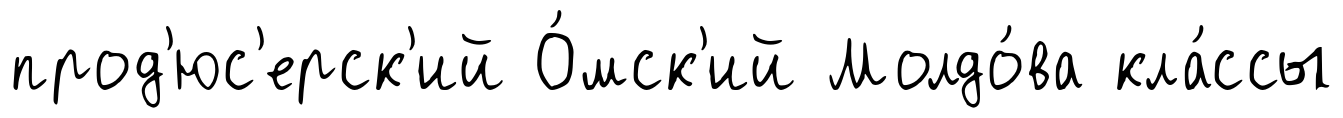
прод'юс'ерск'ий О́мск'ий Молдо́ва кла́ссы